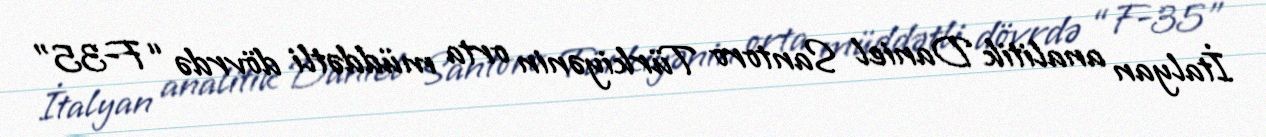
İtalyan analitik Daniel Santoro Türkiyənin orta müddətli dövrdə “F-35”